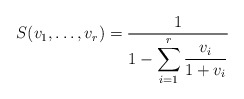
\begin{align*}S(v_1,\dots,v_r)=\frac1{\displaystyle 1-\sum_{i=1}^r\frac{v_i}{1+v_i}}\end{align*}